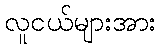
လူငယ်များအား